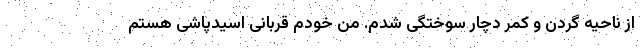
از ناحیه گردن و کمر دچار سوختگی شدم. من خودم قربانی اسیدپاشی هستم